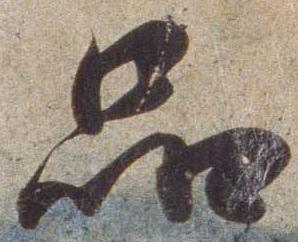
品